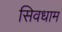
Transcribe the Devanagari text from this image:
सिवधाम